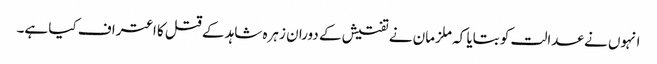
انہوں نے عدالت کو بتایا کہ ملزمان نے تفتیش کے دوران زہرہ شاہد کے قتل کا اعتراف کیا ہے۔